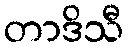
တာဒိသီ